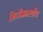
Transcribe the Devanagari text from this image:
सिटीझनशीप